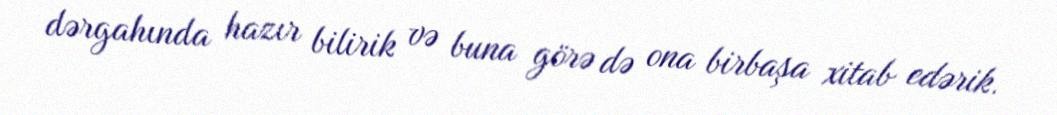
dərgahında hazır bilirik və buna görə də ona birbaşa xitab edərik.